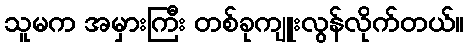
သူမက အမှားကြီး တစ်ခုကျူးလွန်လိုက်တယ်။